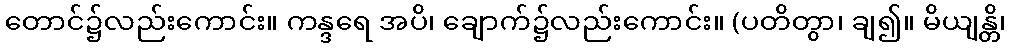
တောင်၌လည်းကောင်း။ ကန္ဒရေ အပိ၊ ချောက်၌လည်းကောင်း။ (ပတိတွာ၊ ချ၍။ မိယျန္တိ၊